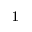
^ 1